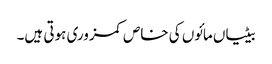
بیٹیاں مائوں کی خاص کمزوری ہوتی ہیں۔